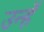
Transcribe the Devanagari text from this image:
उन्हॅ